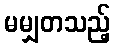
မမျှတသည့်